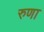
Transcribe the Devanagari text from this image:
रुणा